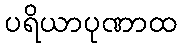
ပရိယာပုဏာထ